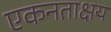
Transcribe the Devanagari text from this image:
एकनताक्षय